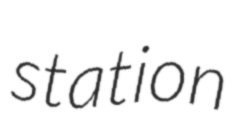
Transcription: station